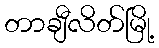
တာချီလိတ်မြို့